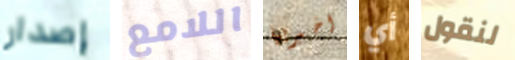
إصدار اللامع اخبريها أي لنقول